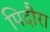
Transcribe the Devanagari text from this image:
पिदौरा